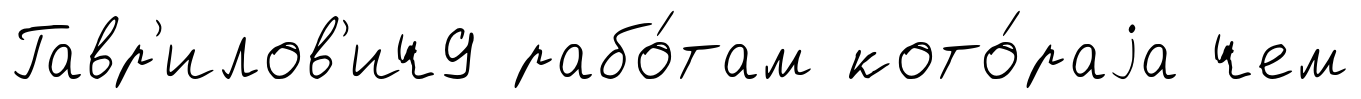
Гавр'илов'ич9 рабо́там кото́раjа чем